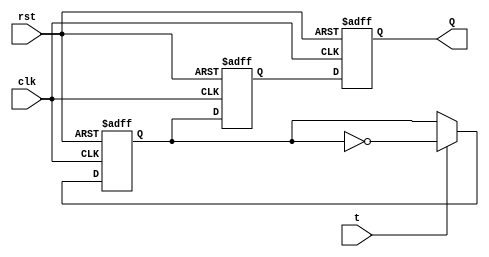
module t_flip_flop (
    input wire clk,
    input wire rst,
    input wire t,
    output reg Q
);

reg master_ff_output;
reg slave_ff_output;

always @(posedge clk or posedge rst) begin
    if (rst) begin
        master_ff_output <= 1'b0;
        slave_ff_output <= 1'b0;
    end else begin
        master_ff_output <= t ? ~master_ff_output : master_ff_output;
        slave_ff_output <= master_ff_output;
    end
end

always @(posedge clk or posedge rst) begin
    if (rst) begin
        Q <= 1'b0;
    end else begin
        Q <= slave_ff_output;
    end
end

endmodule